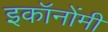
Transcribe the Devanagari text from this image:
इकॉनोंमी